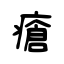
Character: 瘡